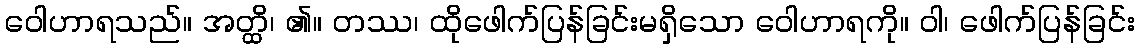
ဝေါဟာရသည်။ အတ္ထိ၊ ၏။ တဿ၊ ထိုဖေါက်ပြန်ခြင်းမရှိသော ဝေါဟာရကို။ ဝါ၊ ဖေါက်ပြန်ခြင်း